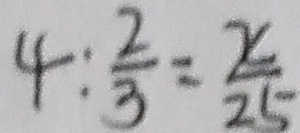
4 : \frac { 2 } { 3 } = \frac { x } { 2 5 }